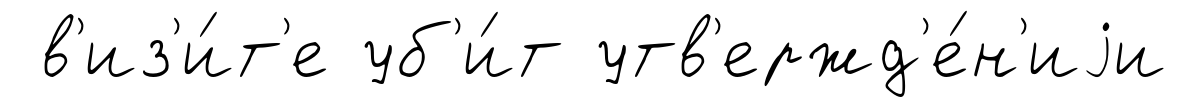
в'из'и́т'е уб'и́т утв'ержд'е́н'иjи